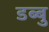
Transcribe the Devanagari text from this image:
डब्बु